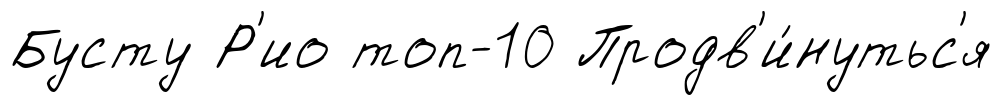
Бусту Р'ио топ-10 Продв'и́нутьс'я